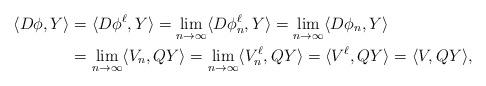
LaTeX: \begin{align*}\langle D\phi, Y\rangle &= \langle D\phi^{\ell}, Y\rangle = \lim_{n\to\infty}\langle D\phi_n^{\ell},Y\rangle = \lim_{n\to\infty}\langle D\phi_n, Y\rangle \\&= \lim_{n\to\infty} \langle V_n, QY\rangle = \lim_{n\to\infty} \langle V_n^{\ell}, QY\rangle = \langle V^{\ell}, QY\rangle = \langle V, QY\rangle,\end{align*}